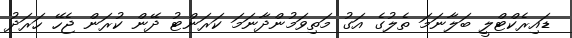
ޑައިރެކްޓްލީ ބަލާނަމަ ތެލުގެ އަގު މަތިވަމުންދާނަމަ ކަރަންޓު ދޭން ކުރަން ޖެހޭ ހަރަދު